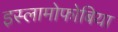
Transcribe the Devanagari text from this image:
इस्लामोफोबिया